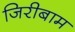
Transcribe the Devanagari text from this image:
जिरीबाम